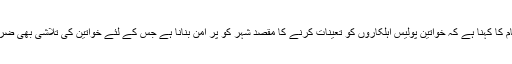
پولیس حکام کا کہنا ہے کہ خواتین پولیس اہلکاروں کو تعینات کرنے کا مقصد شہر کو پر امن بنانا ہے جس کے لئے خواتین کی تلاشی بھی ضروری ہے۔